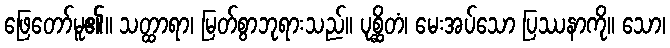
ဖြေတော်မူ၏။ သတ္ထာရာ၊ မြတ်စွာဘုရားသည်။ ပုစ္ဆိတံ၊ မေးအပ်သော ပြဿနာကို။ သော၊